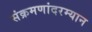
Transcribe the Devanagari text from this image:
संक्रमणांदरम्यान